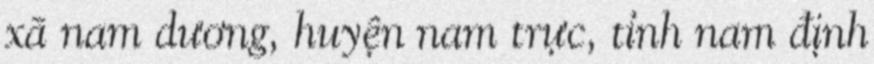
xã nam dương, huyện nam trực, tỉnh nam định